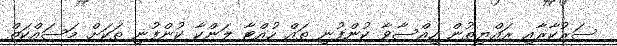
ސަރުކާރާއި ރައްޔިތުން ހިއްސާވާ ކުންފުނި ތައް ހުއްޓާ ލަންކާ ކުންފުނި ތަކަށް މަސައްކަތް